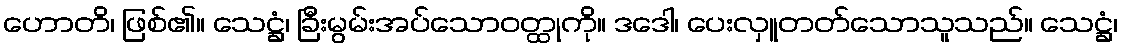
ဟောတိ၊ ဖြစ်၏။ သေဋ္ဌံ၊ ခြီးမွမ်းအပ်သောဝတ္ထုကို။ ဒဒေါ၊ ပေးလှူတတ်သောသူသည်။ သေဋ္ဌံ၊